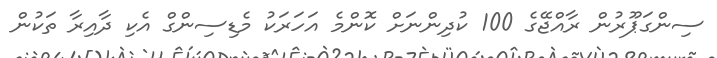
ސިންގަޕޫރުން ރާއްޖޭގެ 100 ކުދިންނަށް ކޮންމެ އަހަަރަކު މެޑިސިންގް އެކި ދާއިރާ ތަކުން